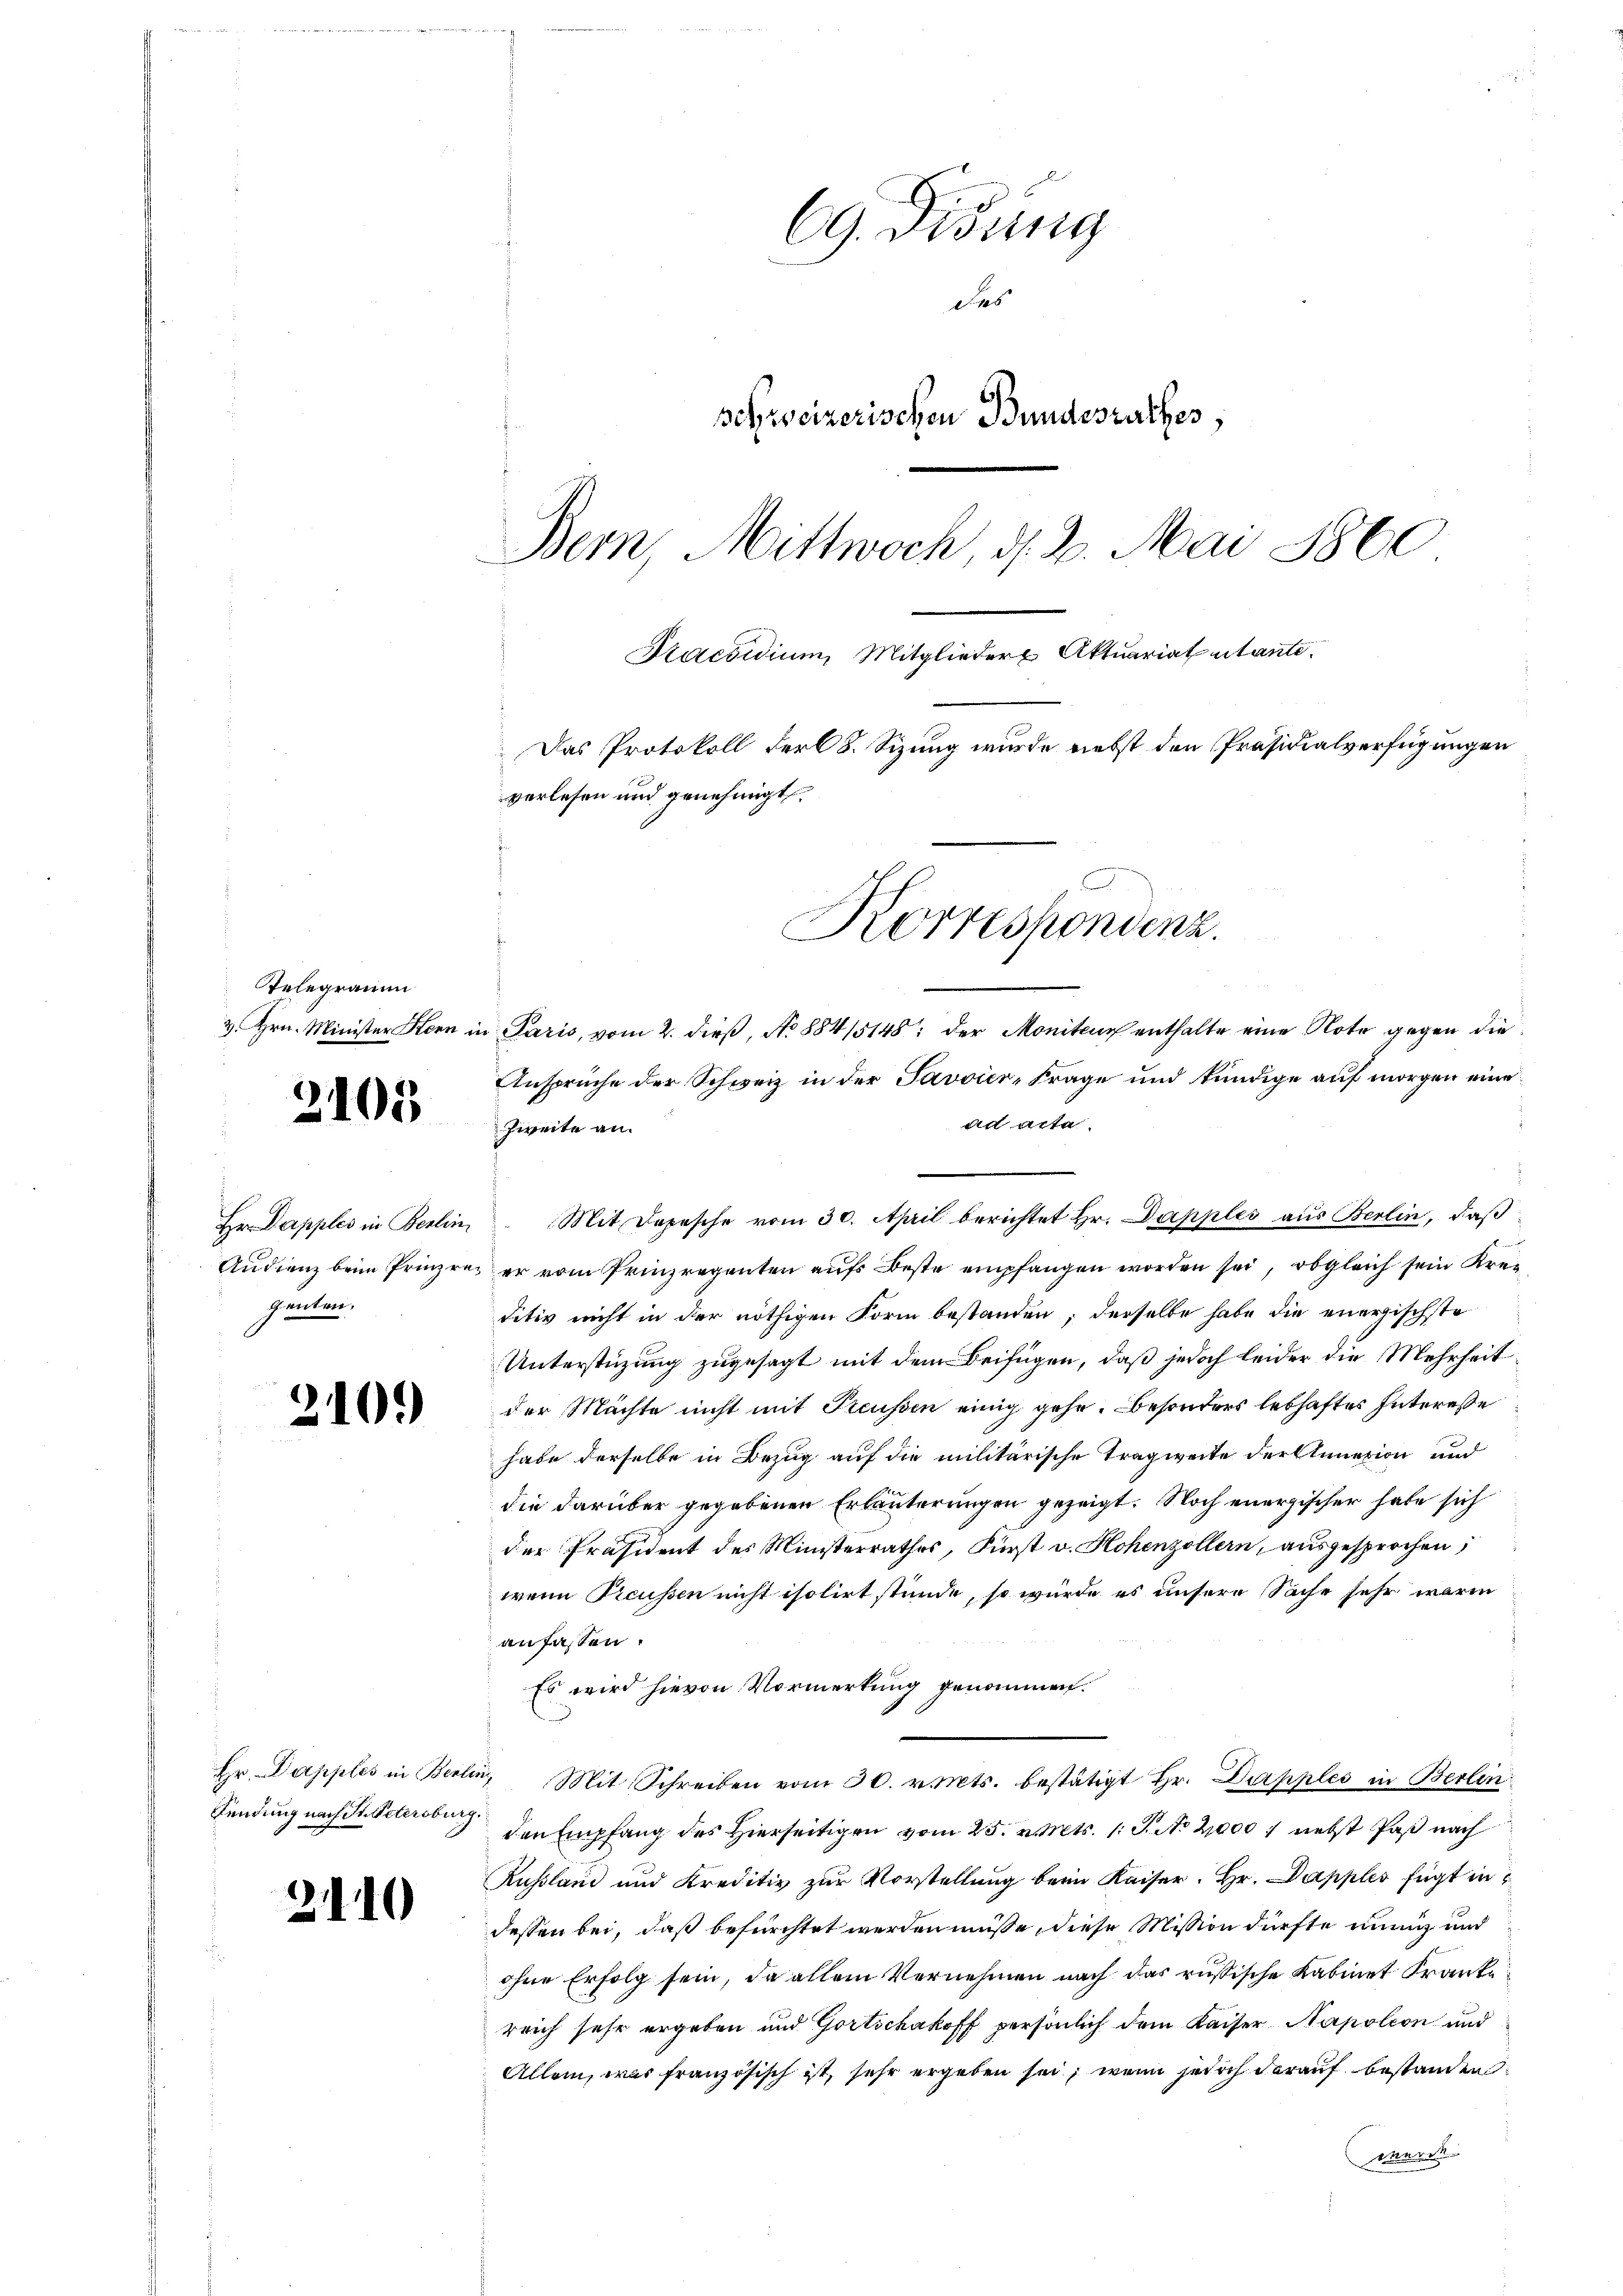
Telegramm
3. Hrn. Minister Stern in

2.

05

Hr. Dapples in Berlin
Audienz beim Prinze
genten.

210.

Hr. Dapples in Berli
Fendung nach St. Petersburg.

210

69. Didung
des
schweizerischen Bundesrathes,
Bern, Mittwoch, d. 2. Mai 1860
Praesidium, Mitglieder Aktuariat utante.
Das Protokoll der 8. Sizung wurde nebst den Präsidialverfügungen
verlesen und genehmigt.
Korrespondenz.

u Paris, vom 2. dieß, No 88415148: der Monitus enthalte eine Note gegen die
Anspruche der Schweiz in der Javvier-Frage und kündige auf morgen eine
an acta
Zweite an.
Mit Depesche vom 30. April berichtet Hr. Dapples aus Berlin, daß
er vom Prinzregenten aufs Beste empfangen worden sei, obgleich sein Kreditiv nicht in der nöthigen Form bestanden; derselbe habe die energischste
Unterstüzung zugesagt mit dem Beifügen, daß jedoch leider die Mehrheit
der Machte nicht mit Treussen einig gehe. Besonders lebhaftes Intereße
habe derselbe in Bezug auf die militärische Tragweite der Annexion und
die darüber gegebenen Erläuterungen gezeigt. Noch energischer habe sich
der Präsident des Ministerrathes, Fürst v. Hohenzollern, ausgesprochen,
wenn Preussen nicht isolirt stünde, so würde es unsere Sache sehr warm
anfassen.
Es wird hievon Vormerkung genommen.
u. Mit Schreiben vom 30. v. Mts. bestätigt Hr. Dapples in Berlin
den Empfang des Hierseitigen vom 25. v. Mts. 1. J. No 2000 nebst Paß nach
Russland und Kreditiv zur Vorstellung beim Kaiser. Hr. Dapples fügt in
dessen bei, daß befürchtet werden müsse, diese Mission dürfte nunig und
ohne Erfolg sein, da allein Vernehmen nach das russische Kabinet Franke
reich sehr ergeben und Gortschakoff persönlich dem Kaiser Napoleon und
Allem, was französisch ist, sehr ergeben sei, wenn jedoch darauf bestanden
Meerst